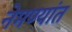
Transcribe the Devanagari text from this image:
नेमण्यांत